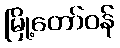
မြို့တော်ဝန်